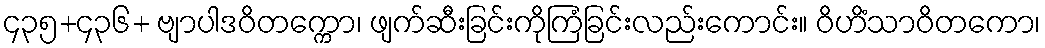
၄၃၅+၄၃၆+ ဗျာပါဒဝိတက္ကော၊ ဖျက်ဆီးခြင်းကိုကြံခြင်းလည်းကောင်း။ ဝိဟိံသာဝိတကော၊